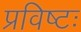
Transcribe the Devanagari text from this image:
प्रविष्टः